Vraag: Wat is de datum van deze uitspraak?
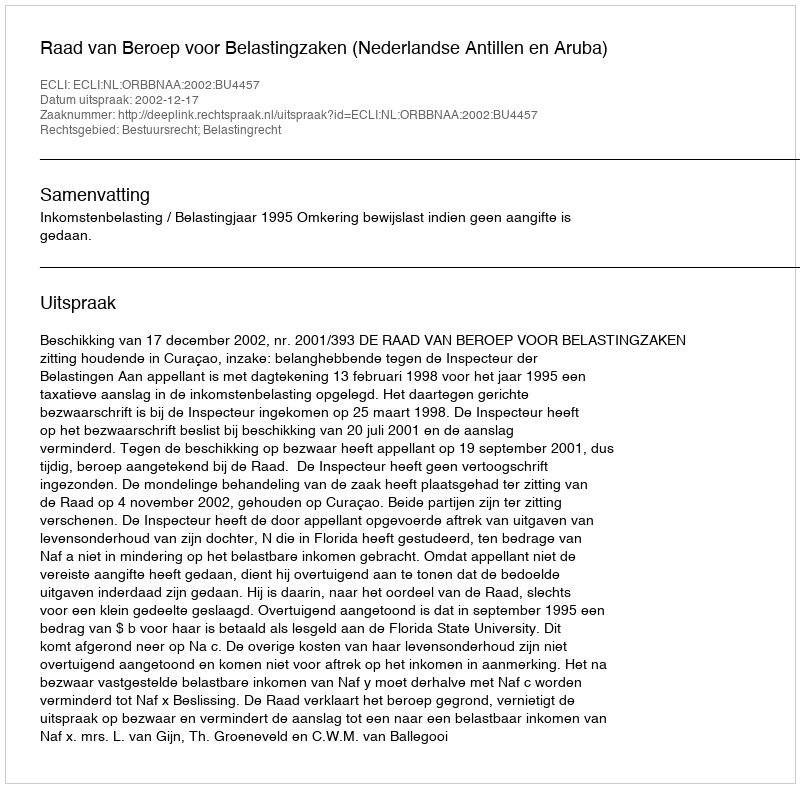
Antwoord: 2002-12-17